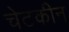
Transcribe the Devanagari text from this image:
चेटकीन